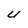
Character: U